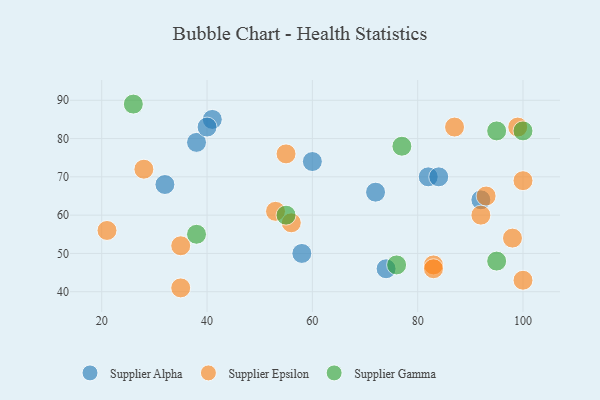
{"axis": {"x": "GDP", "y": "Life Expectancy"}, "legend": ["Supplier Alpha", "Supplier Epsilon", "Supplier Gamma"], "data": [{"x": "38", "y": 79, "type": "Supplier Alpha"}, {"x": "74", "y": 46, "type": "Supplier Alpha"}, {"x": "92", "y": 64, "type": "Supplier Alpha"}, {"x": "82", "y": 70, "type": "Supplier Alpha"}, {"x": "60", "y": 74, "type": "Supplier Alpha"}, {"x": "84", "y": 70, "type": "Supplier Alpha"}, {"x": "72", "y": 66, "type": "Supplier Alpha"}, {"x": "32", "y": 68, "type": "Supplier Alpha"}, {"x": "41", "y": 85, "type": "Supplier Alpha"}, {"x": "58", "y": 50, "type": "Supplier Alpha"}, {"x": "40", "y": 83, "type": "Supplier Alpha"}, {"x": "99", "y": 83, "type": "Supplier Epsilon"}, {"x": "100", "y": 69, "type": "Supplier Epsilon"}, {"x": "87", "y": 83, "type": "Supplier Epsilon"}, {"x": "100", "y": 43, "type": "Supplier Epsilon"}, {"x": "21", "y": 56, "type": "Supplier Epsilon"}, {"x": "35", "y": 41, "type": "Supplier Epsilon"}, {"x": "98", "y": 54, "type": "Supplier Epsilon"}, {"x": "53", "y": 61, "type": "Supplier Epsilon"}, {"x": "92", "y": 60, "type": "Supplier Epsilon"}, {"x": "93", "y": 65, "type": "Supplier Epsilon"}, {"x": "35", "y": 52, "type": "Supplier Epsilon"}, {"x": "55", "y": 76, "type": "Supplier Epsilon"}, {"x": "83", "y": 47, "type": "Supplier Epsilon"}, {"x": "56", "y": 58, "type": "Supplier Epsilon"}, {"x": "28", "y": 72, "type": "Supplier Epsilon"}, {"x": "83", "y": 46, "type": "Supplier Epsilon"}, {"x": "38", "y": 55, "type": "Supplier Gamma"}, {"x": "77", "y": 78, "type": "Supplier Gamma"}, {"x": "26", "y": 89, "type": "Supplier Gamma"}, {"x": "55", "y": 60, "type": "Supplier Gamma"}, {"x": "76", "y": 47, "type": "Supplier Gamma"}, {"x": "95", "y": 48, "type": "Supplier Gamma"}, {"x": "95", "y": 82, "type": "Supplier Gamma"}, {"x": "100", "y": 82, "type": "Supplier Gamma"}]}